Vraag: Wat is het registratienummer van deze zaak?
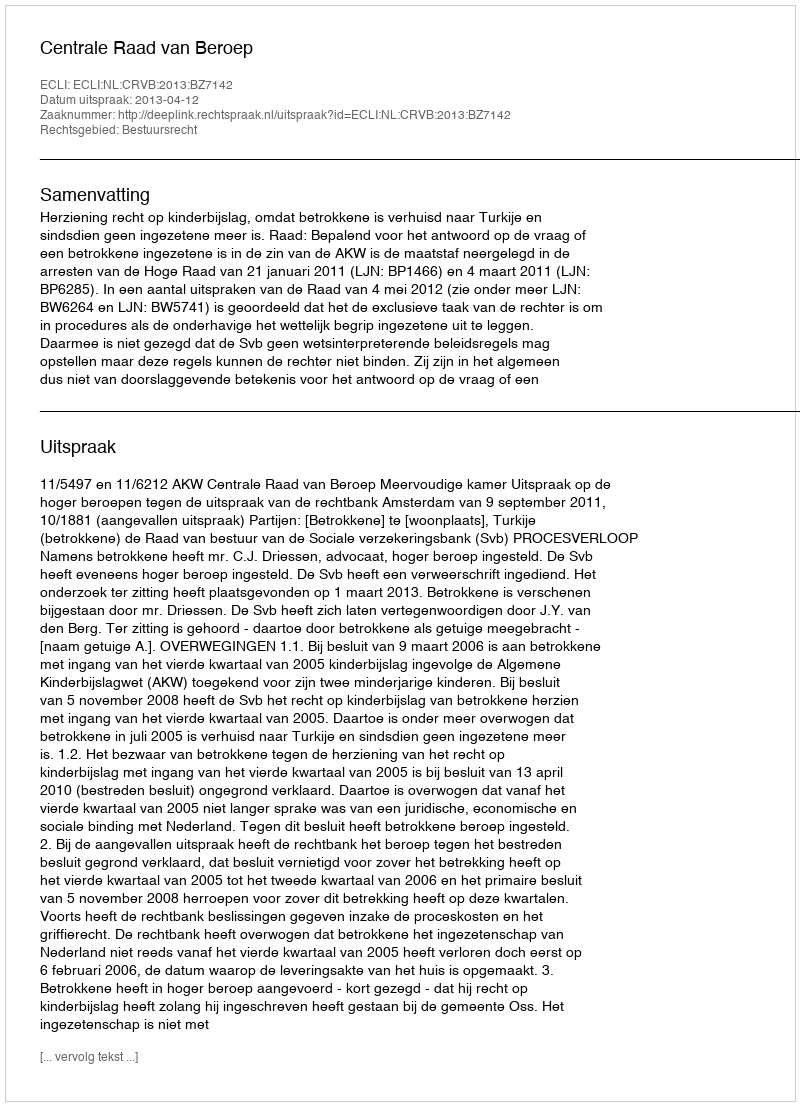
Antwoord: http://deeplink.rechtspraak.nl/uitspraak?id=ECLI:NL:CRVB:2013:BZ7142